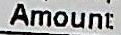
AMOUNT